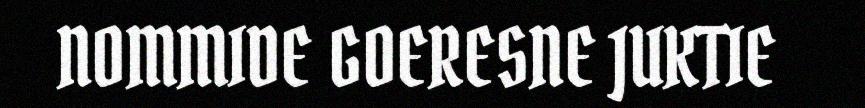
NOMMIDE GOERESNE JUKTIE